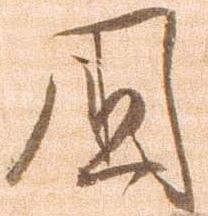
国